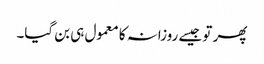
پھر تو جیسے روزانہ کا معمول ہی بن گیا۔